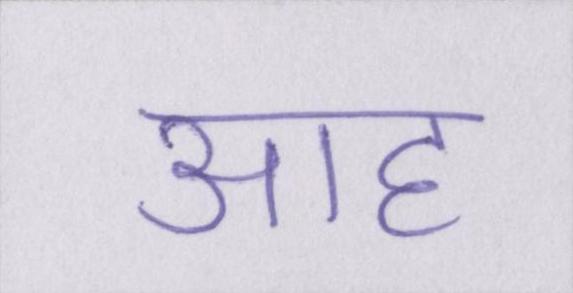
आह